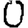
Digit: 0